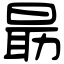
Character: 朂